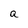
Character: a